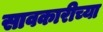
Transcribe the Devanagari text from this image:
सावकारीच्या